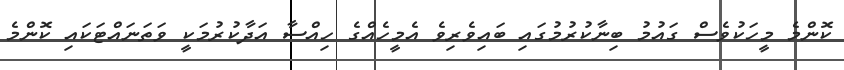
ކޮންމެ މީހަކުވެސް ގައުމު ބިނާކުރުމުގައި ބައިވެރިވެ އެމީހެއްގެ ހިއްސާ އަދާކުރުމަކީ ވަތަނައްޓަކައި ކޮންމެ